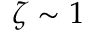
\zeta \sim 1